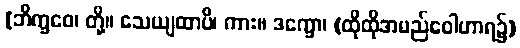
[ဘိက္ခဝေ၊ တို့။ သေယျထာပိ၊ ကား။ ဒက္ခော၊ (ထိုထိုအမည်ဝေါဟာရ၌)